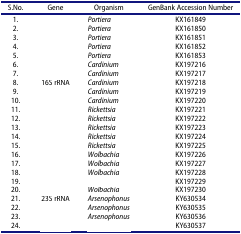
<table><thead><tr><td><b>S.No.</b></td><td><b>Gene</b></td><td><b>Organism</b></td><td><b>GenBank Accession Number</b></td></tr></thead><tbody><tr><td>1.</td><td>[EMPTY_CELL]</td><td><i>Portiera</i></td><td>KX161849</td></tr><tr><td>2.</td><td>[EMPTY_CELL]</td><td><i>Portiera</i></td><td>KX161850</td></tr><tr><td>3.</td><td>[EMPTY_CELL]</td><td><i>Portiera</i></td><td>KX161851</td></tr><tr><td>4.</td><td>[EMPTY_CELL]</td><td><i>Portiera</i></td><td>KX161852</td></tr><tr><td>5.</td><td>[EMPTY_CELL]</td><td><i>Portiera</i></td><td>KX161853</td></tr><tr><td>6.</td><td>[EMPTY_CELL]</td><td><i>Cardinium</i></td><td>KX197216</td></tr><tr><td>7.</td><td>[EMPTY_CELL]</td><td><i>Cardinium</i></td><td>KX197217</td></tr><tr><td>8.</td><td>16S rRNA</td><td><i>Cardinium</i></td><td>KX197218</td></tr><tr><td>9.</td><td>[EMPTY_CELL]</td><td><i>Cardinium</i></td><td>KX197219</td></tr><tr><td>10.</td><td>[EMPTY_CELL]</td><td><i>Cardinium</i></td><td>KX197220</td></tr><tr><td>11.</td><td>[EMPTY_CELL]</td><td><i>Rickettsia</i></td><td>KX197221</td></tr><tr><td>12.</td><td>[EMPTY_CELL]</td><td><i>Rickettsia</i></td><td>KX197222</td></tr><tr><td>13.</td><td>[EMPTY_CELL]</td><td><i>Rickettsia</i></td><td>KX197223</td></tr><tr><td>14.</td><td>[EMPTY_CELL]</td><td><i>Rickettsia</i></td><td>KX197224</td></tr><tr><td>15.</td><td>[EMPTY_CELL]</td><td><i>Rickettsia</i></td><td>KX197225</td></tr><tr><td>16.</td><td>[EMPTY_CELL]</td><td><i>Wolbachia</i></td><td>KX197226</td></tr><tr><td>17.</td><td>[EMPTY_CELL]</td><td><i>Wolbachia</i></td><td>KX197227</td></tr><tr><td>18.</td><td>[EMPTY_CELL]</td><td><i>Wolbachia</i></td><td>KX197228</td></tr><tr><td>19.</td><td>[EMPTY_CELL]</td><td>[EMPTY_CELL]</td><td>KX197229</td></tr><tr><td>20.</td><td>[EMPTY_CELL]</td><td><i>Wolbachia</i></td><td>KX197230</td></tr><tr><td>21.</td><td>23S rRNA</td><td><i>Arsenophonus</i></td><td>KY630534</td></tr><tr><td>22.</td><td>[EMPTY_CELL]</td><td><i>Arsenophonus</i></td><td>KY630535</td></tr><tr><td>23.</td><td>[EMPTY_CELL]</td><td><i>Arsenophonus</i></td><td>KY630536</td></tr><tr><td>24.</td><td>[EMPTY_CELL]</td><td>[EMPTY_CELL]</td><td>KY630537</td></tr></tbody></table>